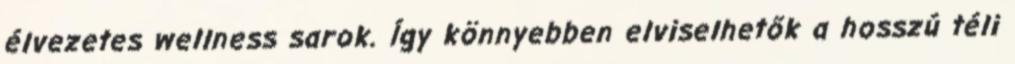
élvezetes wellness sarok. Így könnyebben elviselhetők a hosszú téli